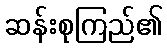
ဆန်းစုကြည်၏